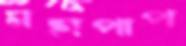
মহাপাপ